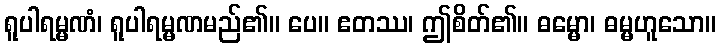
ရူပါရမ္မဏံ၊ ရူပါရမ္မဏမည်၏။ ပေ။ ဧတဿ၊ ဤစိတ်၏။ ဓမ္မော၊ ဓမ္မဟူသော။